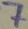
Text: 7